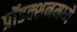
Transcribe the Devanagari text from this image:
प्रॉडक्शनमध्ये